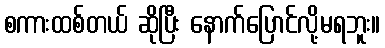
စကားထစ်တယ် ဆိုပြီး နောက်ပြောင်လို့မရဘူး။